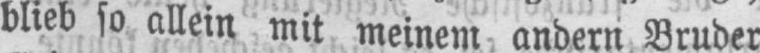
blieb so allein mit meinem andern Bruder